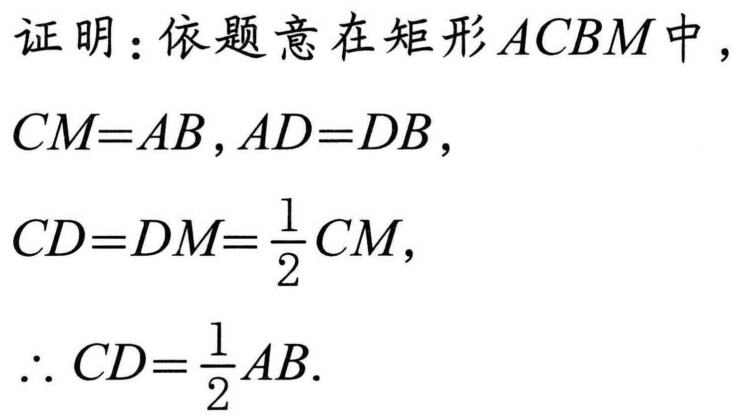
证明：依题意在矩形\(ACBM\)中，
\(CM = AB, AD = DB\)，
\(CD = DM=\frac{1}{2}CM\)，
\(\therefore CD=\frac{1}{2}AB\).